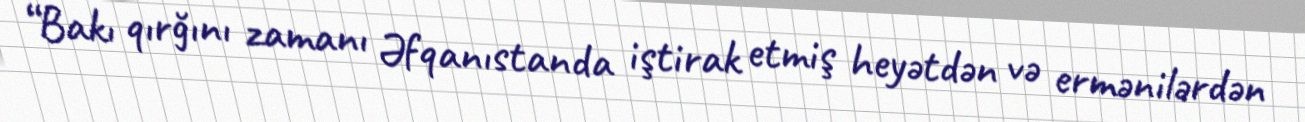
“Bakı qırğını zamanı Əfqanıstanda iştirak etmiş heyətdən və ermənilərdən